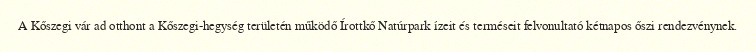
A Kőszegi vár ad otthont a Kőszegi-hegység területén működő Írottkő Natúrpark ízeit és terméseit felvonultató kétnapos őszi rendezvénynek.